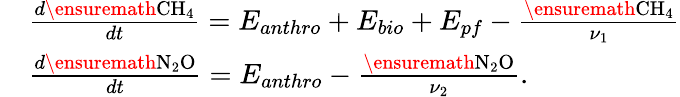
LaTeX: \begin{array}{rl}&{\frac{d\ensuremath{\mathrm{CH_{4}}}}{dt}=E_{anthro}+E_{bio}+E_{pf}-\frac{\ensuremath{\mathrm{CH_{4}}}}{\nu_{1}}}\\ &{\frac{d\ensuremath{\mathrm{N_{2}O}}}{dt}=E_{anthro}-\frac{\ensuremath{\mathrm{N_{2}O}}}{\nu_{2}}.}\end{array}